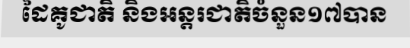
ដៃគូជាតិ និងអន្តរជាតិចំនួន១៧បាន